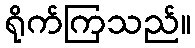
ရိုက်ကြသည်။